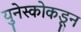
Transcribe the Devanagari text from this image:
युनेस्कोकडून